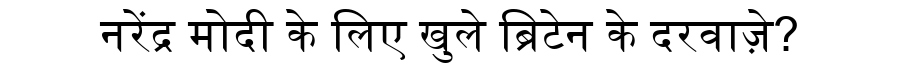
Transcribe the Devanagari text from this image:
नरेंद्र मोदी के लिए खुले ब्रिटेन के दरवाज़े?